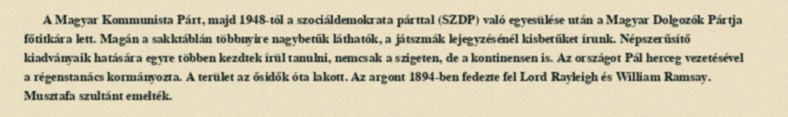
A Magyar Kommunista Párt, majd 1948-tól a szociáldemokrata párttal (SZDP) való egyesülése után a Magyar Dolgozók Pártja főtitkára lett. Magán a sakktáblán többnyire nagybetűk láthatók, a játszmák lejegyzésénél kisbetűket írunk. Népszerűsítő kiadványaik hatására egyre többen kezdtek írül tanulni, nemcsak a szigeten, de a kontinensen is. Az országot Pál herceg vezetésével a régenstanács kormányozta. A terület az ősidők óta lakott. Az argont 1894-ben fedezte fel Lord Rayleigh és William Ramsay. Musztafa szultánt emelték.